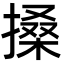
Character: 搡